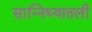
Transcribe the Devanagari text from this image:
सान्निध्यातली